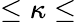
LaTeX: \le\kappa\le